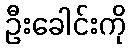
ဦးခေါင်းကို